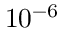
1 0 ^ { - 6 }